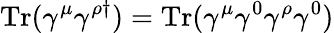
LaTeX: \mathrm{Tr}(\gamma^{\mu}\gamma^{\rho\dagger})=\mathrm{Tr}(\gamma^{\mu}\gamma^{0}\gamma^{\rho}\gamma^{0})